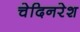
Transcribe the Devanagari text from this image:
चेदिनरेश